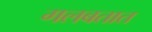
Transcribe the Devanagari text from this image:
गलबतात